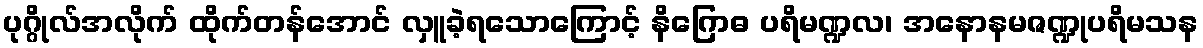
ပုဂ္ဂိုလ်အလိုက် ထိုက်တန်အောင် လှူခဲ့ရသောကြောင့် နိဂြောဓ ပရိမဏ္ဍလ၊ အနောနမဇဏ္ဍုပရိမသန